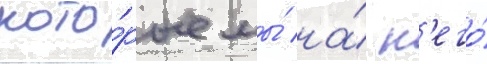
кото́рые мы́ на́ н'его́